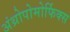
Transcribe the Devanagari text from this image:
अंथ्रोपोमोर्फिक्स